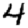
Digit: 4